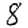
Digit: 8